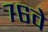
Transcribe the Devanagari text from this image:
७६वे